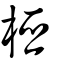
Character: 椏